Vana-Antsla_vallavalitsus, lk 107
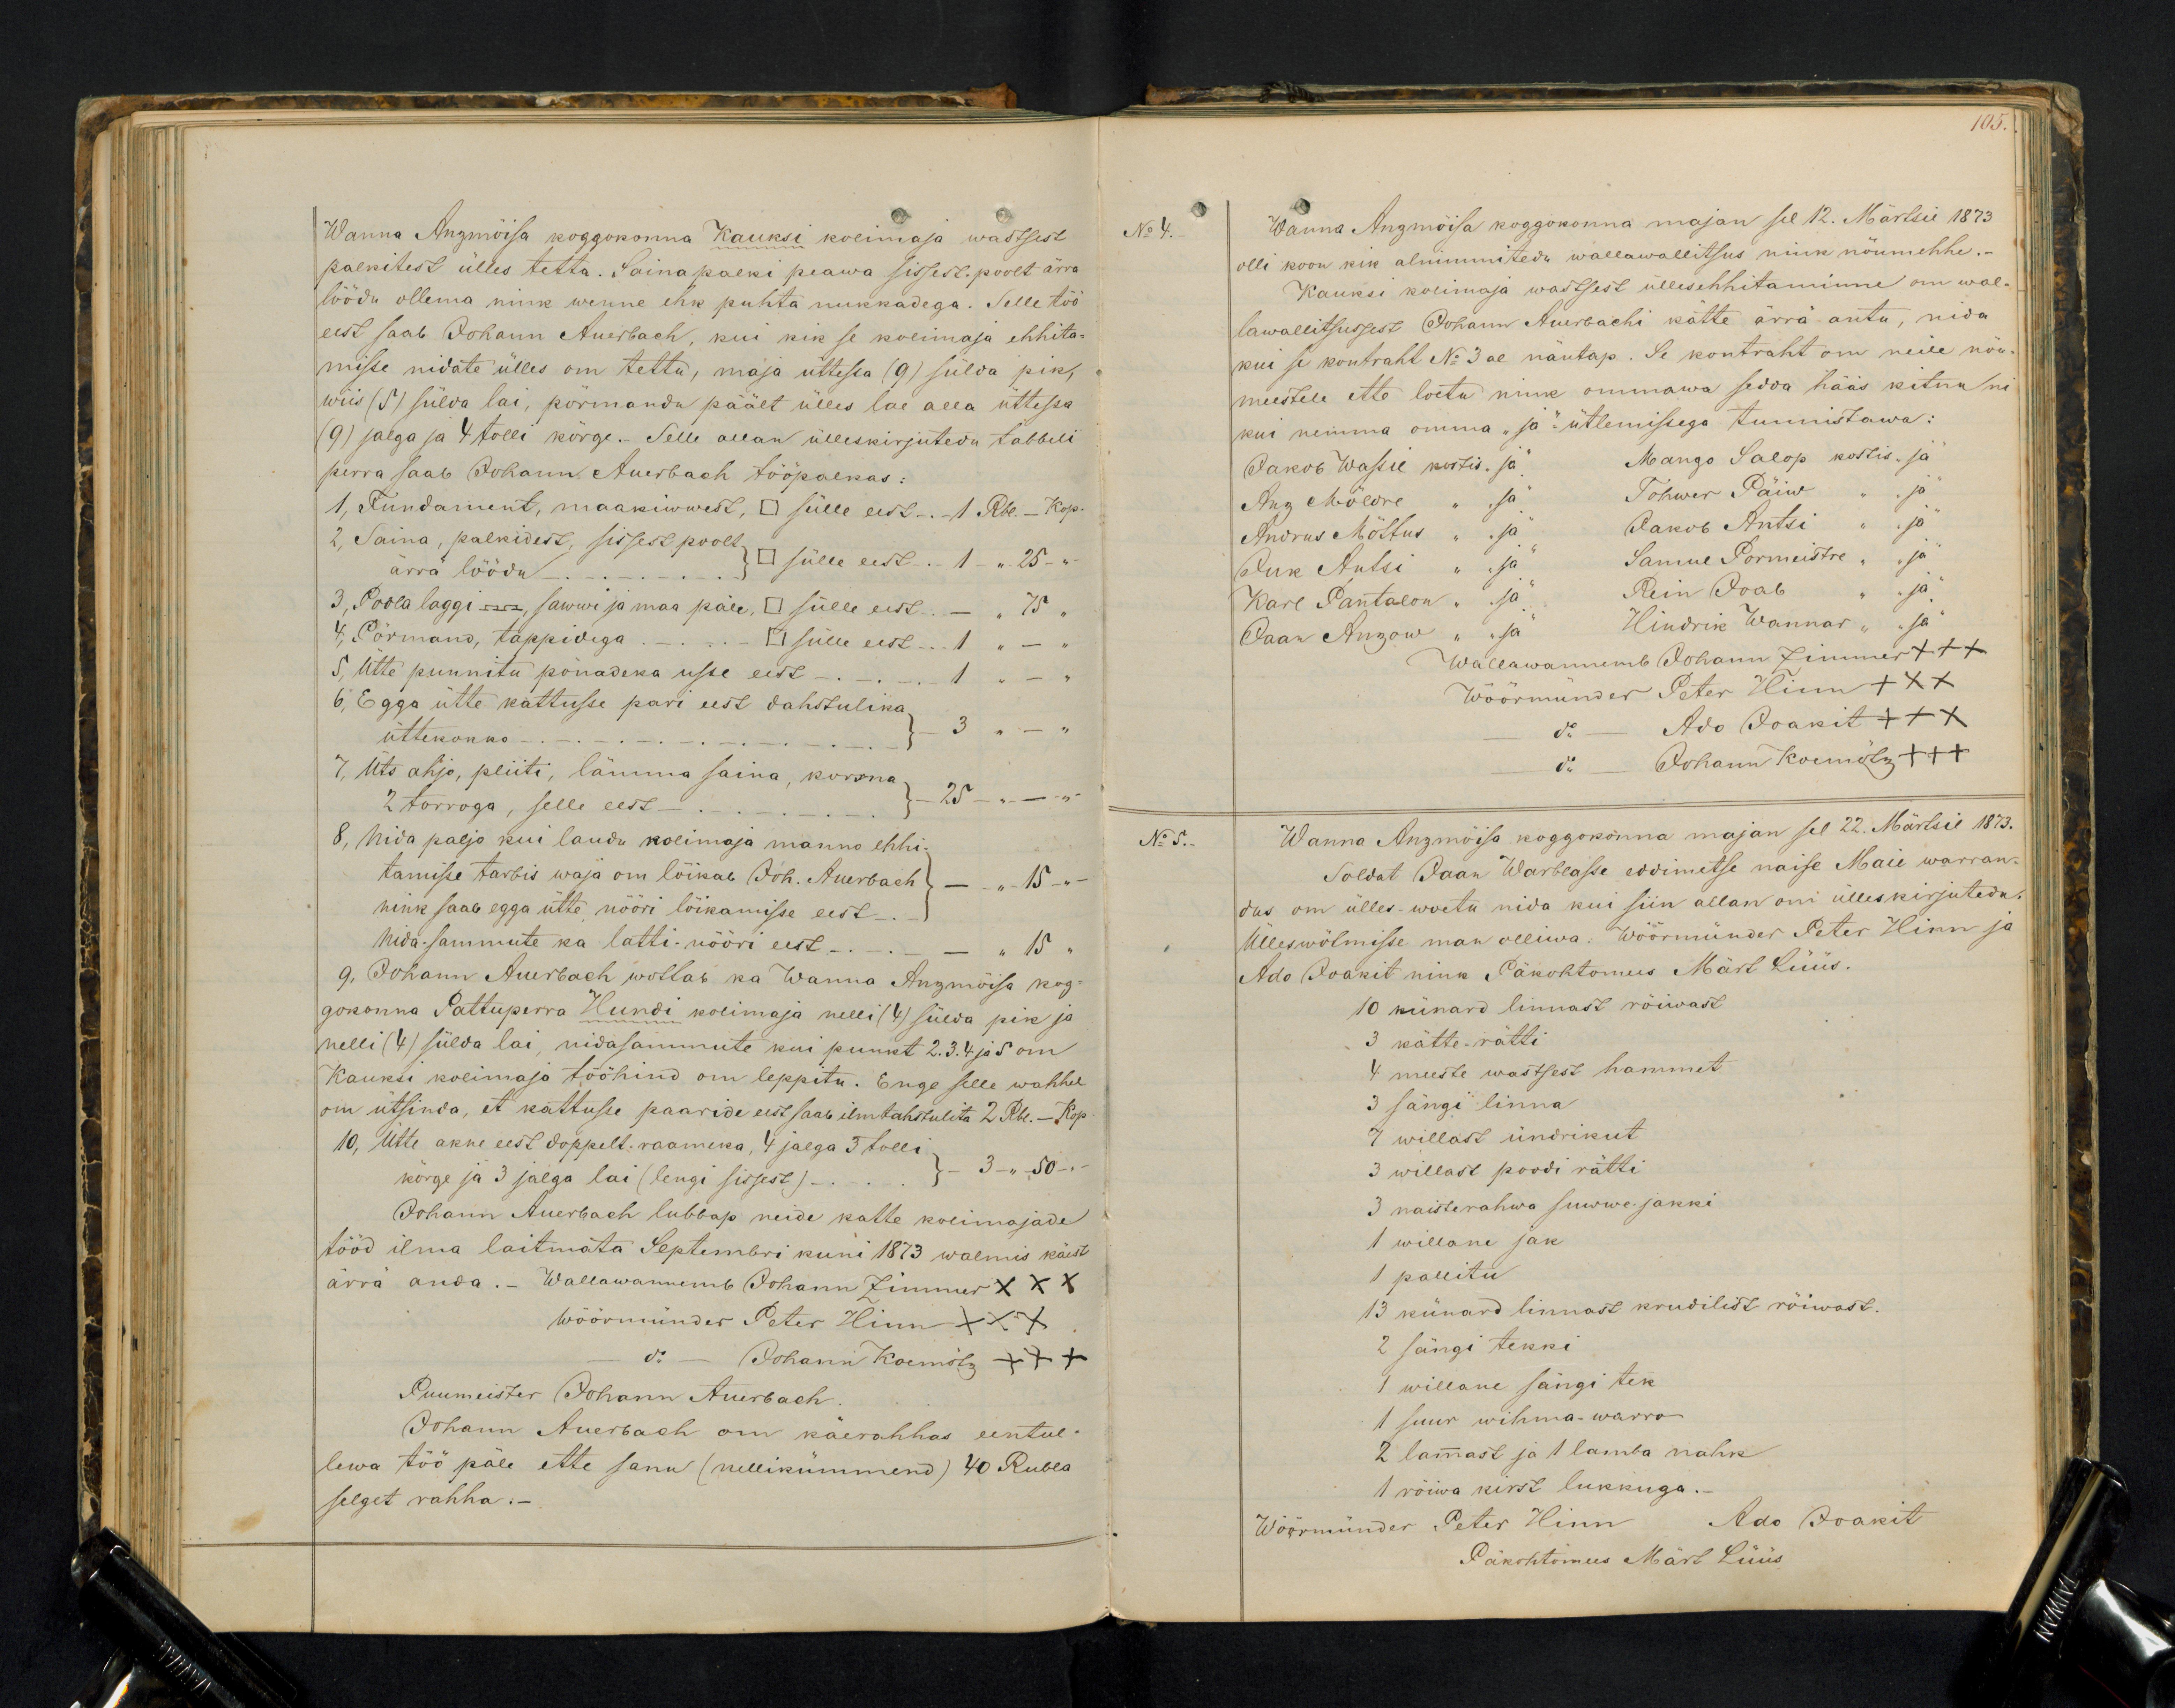
Wanna Anzmoisa koggokonna Kauksi kolimaja wastsest
palkitest ülles tetta. Sainapalki peawa sissest-poolt ärra
löödu ollema nink wenne ehk puhta nukkadega. Selle töö
eest saab Johann Auebach, kui kik se kolimaja ehhita-
misse nidate ülles om tettu, maja üttessa (9) sülda pik,
wiis (5) sülda lai, pörmandu päält ülles lae alla üttessa
(9) jalga ja 4 tolli kõrge. Selle allan ülleskirjutedu tabbeli
perra saab Johann Auerbach tööpalkas:
1, Fundament, maakiwwest, □ sülle eest. 1 Rbl - Kop
2, Saina, palkidest, sissest poolt-
ärra löödu - □ sülle eest. - 1 - 25
3, Poola laggi --- sawwi ja maa päle □  sülle eest - " 75 "
4, Pörmand, tappidega - -  □ sülle eest 1 " - "
5, Ütte punnitu pönadeka usse eest - - - 1 " - "
6, Egga ütte kattusse pari eest dahstulika.
üttekokko
- 3 " - "
7, Üts ahjo, pliiti, lämma saina, korsna
2 torroga, selle eest
- 25 - " - " -
8, Nida paljo kui laudu kolimaja manno ehhi-
tamise tarbis waja om lõikab Joh. Auerbach - " 15 - " -
nink saab egga ütte nööri löikamisse eest
Nida sammute ka latti-nööri eest - - - " 15 "
9. Johann Auerbach wõttab ka Wanna Anzmõisa kog-
gonna Pattuperra Hundi kolimaja nelli (4) sülda pik ja
nelli (4) sülda lai, nidasammute kui punkt 2.3.4 ja 5 om
Kauksi kolimaja tööhind om leppitu. Enge selle wahhel
om ütsinda, et kattusse paaride eest saab ilm tahstulita 2 Rbl. - Kop
10, Ütte akne eest doppelt-raameka, 4 jalga 3 tolli.
kõrge ja 3 jalga lai (lengi sissest) - 3 - " - 50 -
Johann Auerbach lubbap neide katte kolimajade
tööd ilma laitmata Septembri kuni 1873 walmis käest
ärra anda. - Wallawannemb Johann Zimmer XXX
Wöörmünder Peter Hinn XXX
do - Johann Koemötz +++
Puumeister Johann Auerbach.
Johann Auesbach om käerahhas eentul-
lewa töö päle ette sanu (nellikümmend) 40 Rubla
selget rahha.-

105.
No 4.
Wanna Anzmõisa koggokonna majan sel 12. Märtsil 1873.
olli koon kik alnimmitedu wallawallitsus nink nöumehhe.
Kauksi kolimaja wastsest üllesehhitamine om wal
lawallitsussest Johann Auerbachi kätte ärrä antu, nida
kui se kontraht No 3 al näutap. Se kontraht om neile nöu-
meestele ette loetu nink ommawa sedda hääs kitnu ni
kui nemma omma "ja" ütlemisega tunnistawa:
Jakob Wassil kostis "ja" Mango Salop kostis "ja
Anz Möldre " "ja" Tohwer Päiw " "ja
Andrus Mõttus " "ja" Jakob Antsi " "ja
Iuk Antsi " "ja" Samuel Pormeistre " "ja
Karl Pantalon " "ja" Rein Ioab " "ja
Jaan Anzow " "ja" Hindrik Wannar " "ja
Wallawannemb Johann Zimmer +++
Wöörmünder Peter Hinn XXX
do - Ado Joakit XXX
do  Johann Koemötz +++
No 5.
Wanna Anzmõisa koggokonna majan sel 22. Märtsil 1873.
Soldat Jaan Warblaste eddimetse naise Maie warran
dus om ülles-woetu nida kui siin allan om ülleskirjutedu
Ülleswötmisse man olliwa: Wöörmünder Peter Hinn ja
Ado Joakit nink Päkohtomees Märt Lüüs.
10 künard linnast röiwast
3 kätte-rätti
4 meeste wastsest hammet
3 sängi linna
7 willast ündrikut
3 willast poodi rätti.
3 naisterahwa suwwe jakki
1 willane jak.
1 pallitu
13 künard linnast krudilist röiwast.
2 sängi tekki.
1 willane sängi tek
1 suur wihma-warro
2 lammast ja 1 lamba nahk
1 röiwa kirst lukkuga.-
Wöörmünder Peter Hinn Ado Joakit
Päkohtomees Märt Lüüs